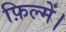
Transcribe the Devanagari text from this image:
फ़िल्में।